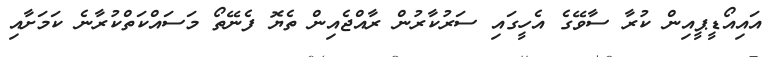
އައިއޯޑީޕީއިން ކުރާ ސާވޭގެ އެހީގައި ސަރުކާރުން ރާއްޖެއިން ތެޔޮ ފެނޭތޯ މަސައްކަތްކުރާނެ ކަމަށާއި